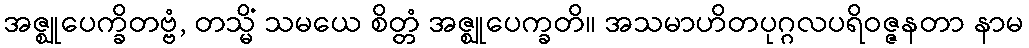
အဇ္ဈုပေက္ခိတဗ္ဗံ, တသ္မိံ သမယေ စိတ္တံ အဇ္ဈုပေက္ခတိ။ အသမာဟိတပုဂ္ဂလပရိဝဇ္ဇနတာ နာမ